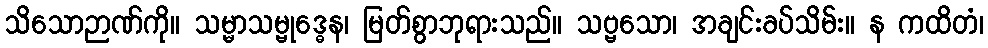
သိသောဉာဏ်ကို။ သမ္မာသမ္ဗုဒ္ဓေန၊ မြတ်စွာဘုရားသည်။ သဗ္ဗသော၊ အချင်းခပ်သိမ်း။ န ကထိတံ၊